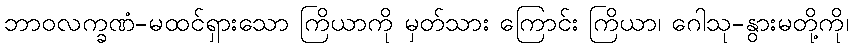
ဘာဝလက္ခဏံ-မထင်ရှားသော ကြိယာကို မှတ်သား ကြောင်း ကြိယာ၊ ဂေါသု-နွားမတို့ကို၊